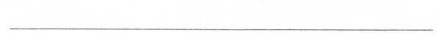
___